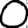
Digit: 0